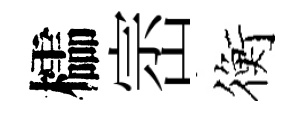
櫺崈衡